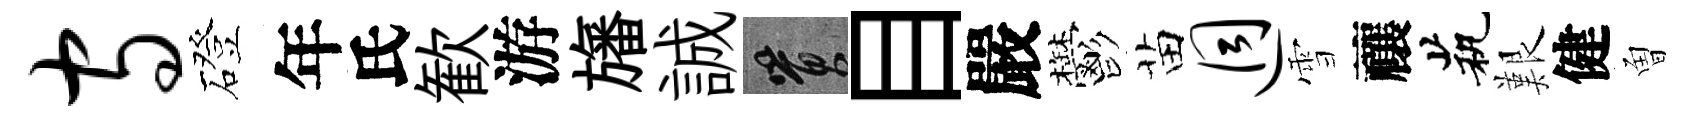
守磴年氏歓游旛誠篔目嚴鬱苗迥雪禳茕艱健曽